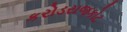
કરોડરાજકોટ